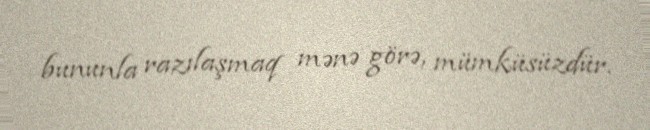
bununla razılaşmaq mənə görə, mümküsüzdür.